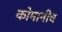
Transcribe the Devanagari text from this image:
कोमानीच